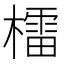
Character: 檑